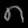
Digit: ၈